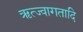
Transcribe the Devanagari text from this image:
ऋत्ज्वागतादि